Rongu_vallavalitsus, lk 5
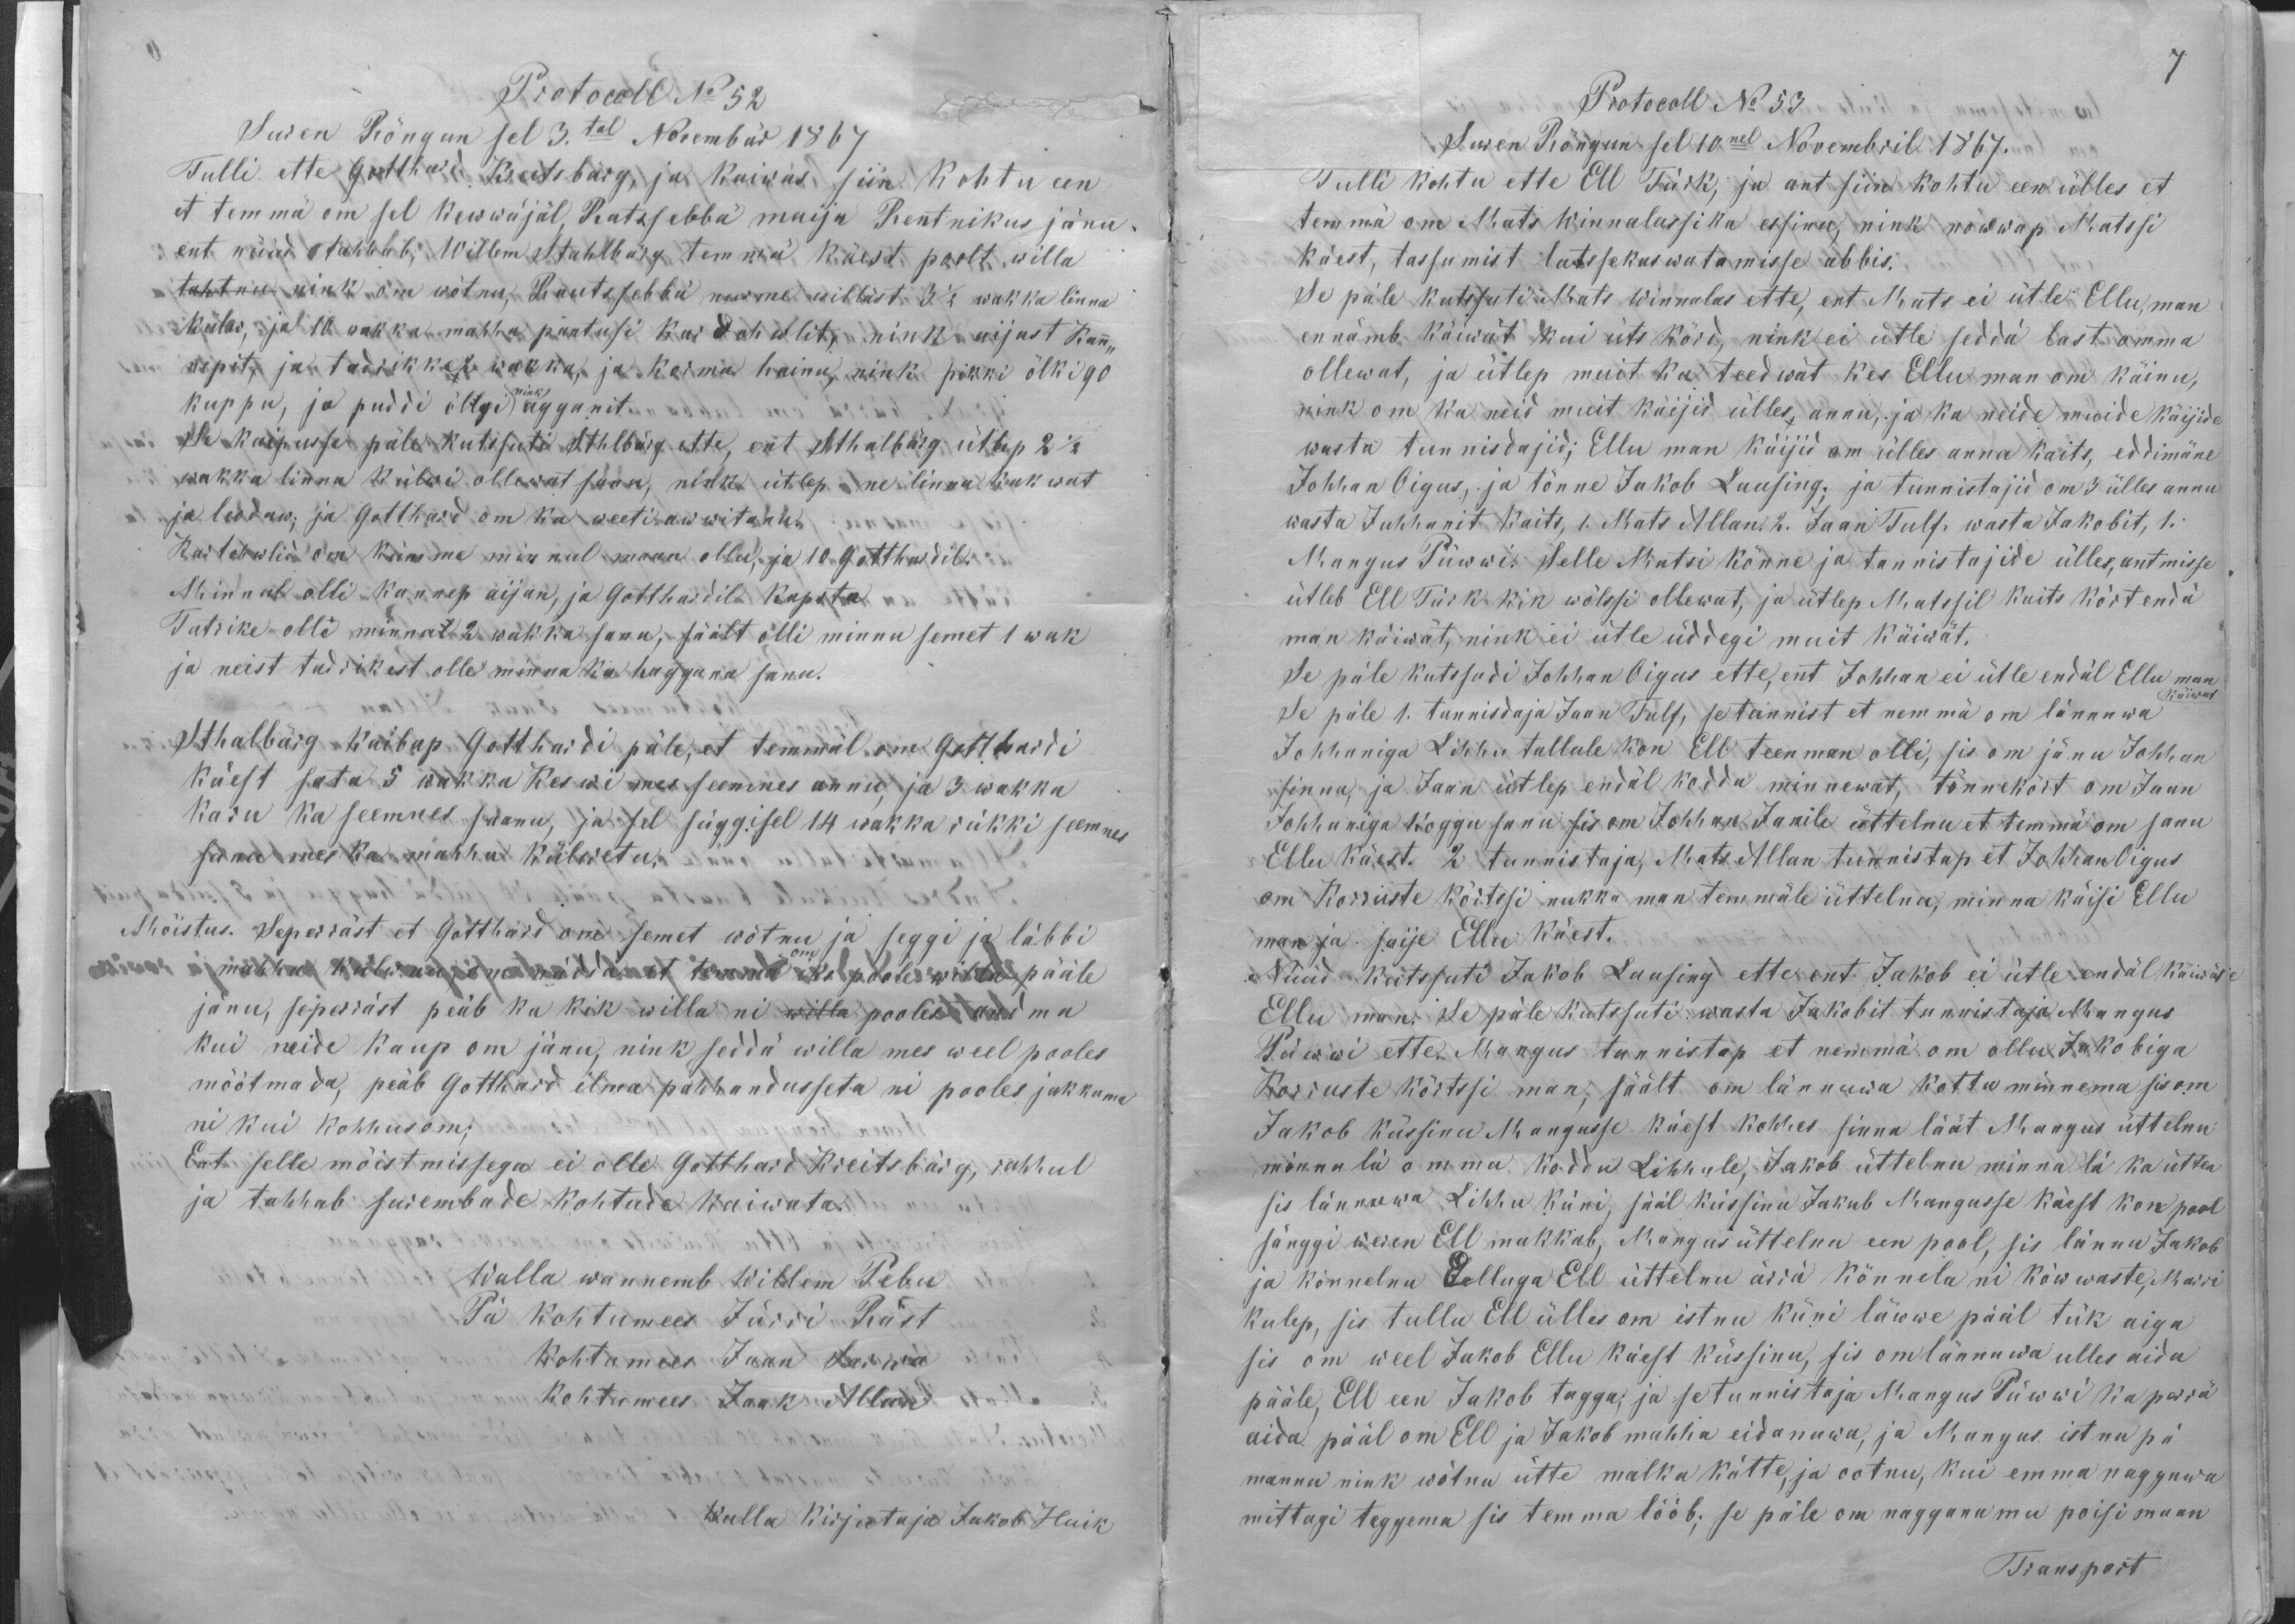
Protocoll No 52
Suren Rõngun sel 3.tal Novembrid1867
Tulli ette Gotthard Kreitsbärg, ja kaiwas siin kohtu een
et temmä om sel kewwäjäl Ratzsebbä maija Rentnikus jänu,
ent nüüd tahhab, Willem Stahlbärg temmä käest poolt willa
tahtnu nink om wõtnu, Rautsebbä nurme willäst 3 1/2 wakka linna
külw, ja 10 wakka mahha pantusi kui dohwlit, nink aijast kan-
nepit, ja tadrikke, 2 wakka, ja korma hainu, nink pikki õlki 90
kuppu, ja puddi õllgi nink aganit.
Se kaipusse päle kutsuti Sthlbärg ette, ent Sthalbärg ütlep 2 1/2
wakka linna külwi ollewat sanu, nink ütlep ne linnu kukwat
ja leodaw; ja Gotthard om ka weeti awwitanu.
Kui tohwlid om kümme minnul maan ollu, ja 10 Gotthardil.
Minnul olli kannep aijan, ja Gotthardil kapsta
Tatrike olle minnal 2 wakka sanu, säält olli minn semet 1 wak
ja neist tadrikest olle minna ka haggana sanu.
Sthalbärg kaibap Gotthardi päle, et temmäl om Gotthardi
käest sata 5 wakka keswi mes seemnes annu, ja 3 wakka
karu ka seemnes saanu, ja sel süggisel 14 wakka rükki seemnes
sanu mes ka mahha külwetu.
Mõistus. Seperräst et Gotthard om semet wõtnu ja seggi ja läbbi
om
mahha külwnu, om nädda et temmä iks poole willa pääle
jänu, seperräst peäb ka kik willa ni willa pooles andma
kui neide kaup om jänu, nink seddä willa mes weel pooles
mõõtmada, peab Gotthard ilma pahhandusseta ni pooles jakkama
ni kui kohhus om;
Ent selle mõistmissega ei olle Gotthard Kreitsbärg, rahhul
ja tahhab surembade kohtude kaiwata.
Walla wannemb Willem Pebu
Pä kohtumees Jürri Räst
kohtumees Jaan Sarwa
kohtumees Jaak Allan
Walla kirjutaja Jakob Huik

Protocoll No 53
7
Suren Rõngun sel 10nel Novembril 1867.
Tulli kohtu ette Ell Türk, ja ant siin kohtu een ülles et
temmä om Mats Winnalassika essinu, nink nõwwap Matssi
käest, tassumist latssekaswatamisse abbis.
Se päle kutsuti Mats Winnalas ette, ent Mats ei ütle Ellu, man
ennämb käiwät kui üts kõrd, nink ei ütle seddä last omma
ollewat, ja ütlep muit ka teedwät kes Ellu man om käinu,
nink om ka neid muit käijid ülles annu, ja ka neide muide käijide
wasta tunnistajid; Ellu man käijid om ülles anna kaits, eddimäne
Johhan Oigus, ja tõnne Jakob Lausing; ja tunnistajid om 3 ülles annu
wasta Juhhanit kaits, 1. Mats Allan. 2. Jaan Tulf, wasta Jakobit, 1.
Mangus Püwwi. Selle Matsi kõnne ja tunnistajide ülles, antmisse
ütleb Ell Türk kik wõlssi ollewat, ja ütlep Matssil kaits kõrt endä
man käiwat, nink ei ütle üddegi muit käiwät.
Se päle kuttsudi Johhan Oigus ette, ent Johhan ei ütle endäl Ellu man
käiwat
Se päle 1. tunnistaja Jaan Tulf, se tunnist et nemmä om lännuwa
Johhaniga Lihhu tallule kon Ell teen man olli, sis om jänu Johhan
sinna, ja Jaan ütlep endäl koddu minnewat, tõnnekõrt om Jaan
Johhaniga koggu sanu sis om Johhan Janile üttelnu et temmä om sanu
Ellu käest. 2 tunnistaja, Mats Allan tunnistap et Johhan Oigus
om Korruste kõrtssi nukka man temmäle üttelnu, minna käisi Ellu
man ja saije Ellu käest.
Nüüd kutssuti Jakob Lausing ette ent Jakob ei ütle endäl käiwät
Ellu man. Se päle kutssuti wasta Jakobit tunnistaja Mangus
Püwwi ette. Mangus tunnistap et nemmä om ollu Jakobiga
Korruste kõrtssi man, säält om lännuwa kottu minnema sis om
Jakob küssinu Mangusse käest kohhes sinna läät Mangus üttelnu
minna lä omma koddu Lihhule, Jakob üttelnu minna lä ka ütten
sis lännuwa Lihhu küni, sääl küssinu Jakub Mangusse käest kon pool
sänggi weren Ell makkab, Mangus üttelnu een pool, sis lännu Jakob
ja kõnnelnu Elluga Ell üttelnu ärrä  kõnnela ni kõwwaste, Marri
kulep, sis tullu Ell ülles om istnu küni läwwe pääl tük aiga
sis om weel Jakob Ellu käest küssinu, sis om lännuwa ulles aida
pääle, Ell een Jakob tagga; ja se tunnistaja Mangus Püwwi ka perrä
aida pääl om Ell ja Jakob mahha eidanuwa, ja Mangus istnu pä
mannu nink wõtnu ütte malka kätte, ja ootnu, kui emma naggawa
mittagi teggema sis temma lööb; se päle om nagganu mu poisi maan
Transport